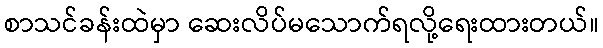
စာသင်ခန်းထဲမှာ ဆေးလိပ်မသောက်ရလို့ရေးထားတယ်။